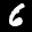
Label: 6